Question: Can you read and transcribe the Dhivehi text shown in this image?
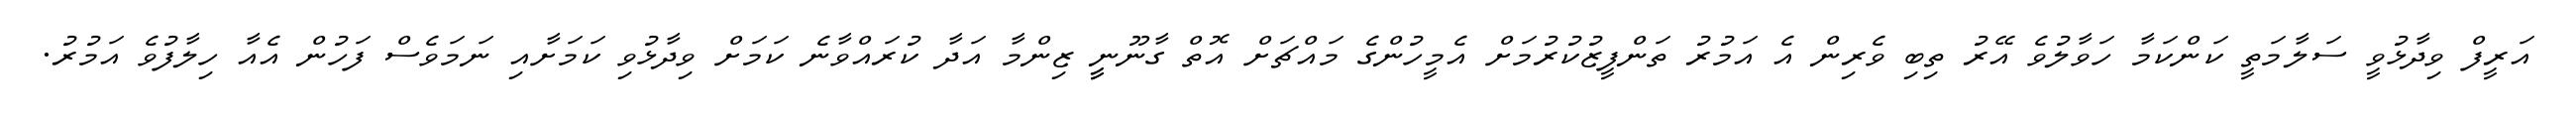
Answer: އަރީފް ވިދާޅުވީ ސަލާމަތީ ކަންކަމާ ހަވާލުވެ އޭރު ތިބި ވެރިން އެ އަމުރު ތަންފީޒުކުރުމަށް އެމީހުންގެ މައްޗަށް އޮތް ގާނޫނީީ ޒިންމާ އަދާ ކުރައްވާނެ ކަމަށް ވިދާޅުވި ކަމަށާއި ނަމަވެސް ފަހުން އެއާ ހިލާފުވެ އަމުރު.